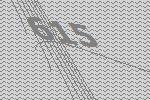
615